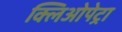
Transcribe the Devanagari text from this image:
क्लिओपेट्रा